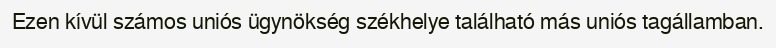
Ezen kívül számos uniós ügynökség székhelye található más uniós tagállamban.